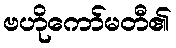
ဗဟိုကော်မတီ၏